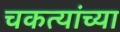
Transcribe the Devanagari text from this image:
चकत्यांच्या